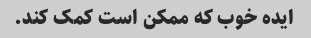
ایده خوب که ممکن است کمک کند.